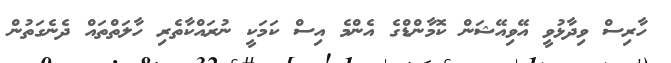
ހާރިސް ވިދާޅުވީ އޭވިއޭޝަން ކޮމާންޑްގެ އެންމެ އިސް ކަމަކީ ނުރައްކާތެރި ހާލަތްތައް ދެނެގަތުން